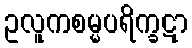
ဥလူကစမ္မပရိက္ခဋာ